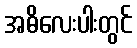
အဓိလေးပါးတွင်